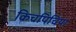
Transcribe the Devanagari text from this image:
किचपिचिया